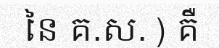
នៃ គ.ស. ) គឺ